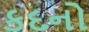
કદનો